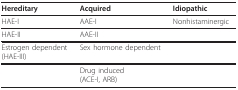
| Hereditary | Acquired | Idiopathic |
 | --- | --- | --- |
 | HAE-I | AAE-I | Nonhistaminergic |
 | HAE-II | AAE-II |  |
 | Estrogen dependent(HAE-III) | Sex hormone dependent |  |
 |  | Drug induced(ACE-I, ARB) |  |